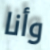
وأنا